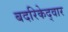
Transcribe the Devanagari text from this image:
बदरिकेद्वार